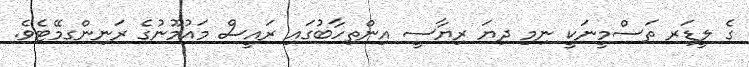
ގެ ލީޑަރ ތަސްމީނަކީ ނިމި ދިޔަ ރިޔާސީ އިންތިހާބުގައި ރައީސް މައުމޫނުގެ ރަނިންގމޭޓެވެ.